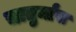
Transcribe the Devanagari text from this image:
चातुर्मांस